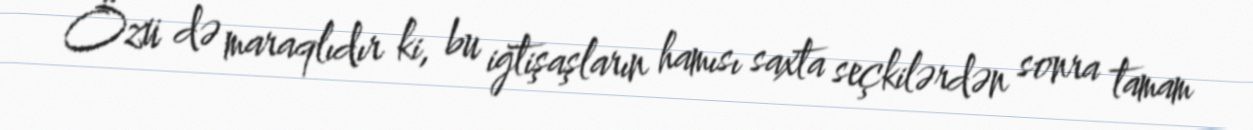
Özü də maraqlıdır ki, bu iğtişaşların hamısı saxta seçkilərdən sonra tamam